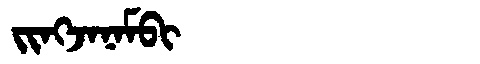
Manchu: ᠵᡳᠩᠵᠠᠨᠠᠮᠪᡳ
Romanization: JINGJANAMBI